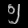
Digit: ၅